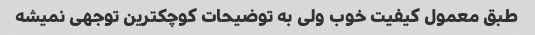
طبق معمول کیفیت خوب ولی به توضیحات کوچکترین توجهی نمیشه